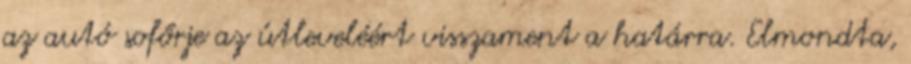
az autó sofőrje az útleveléért visszament a határra. Elmondta,